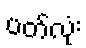
ပတ်လုံး